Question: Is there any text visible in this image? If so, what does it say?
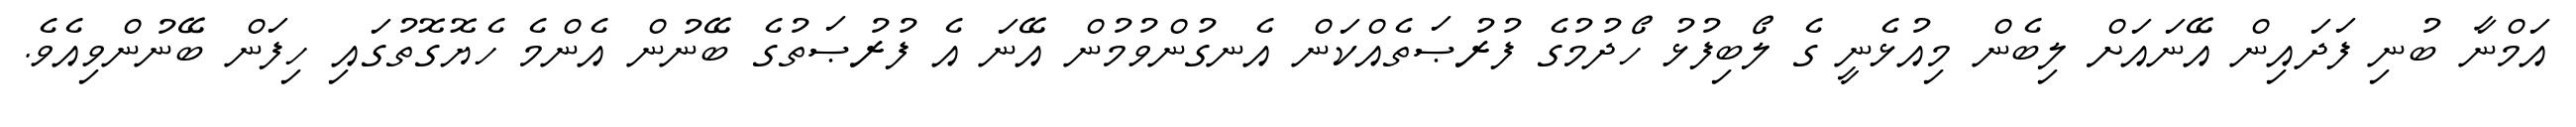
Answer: އަމްނާ ބުނި ފަދައިން އޭނައަށް ލިބެން މިއުޅެނީ ގެ ލޯބިފުޅު ހޯދުމުގެ ފުރުޞަތެއްކަން އެނގުންވުމުން އޭނަ އެ ފުރުޞަތުގެ ބޭނުން އެންމެ ހެޔޮގޮތުގައި ހިފަން ބޭނުންވިއެވެ.